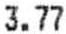
3.77